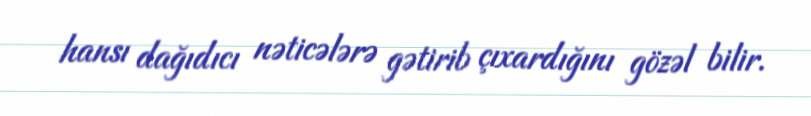
hansı dağıdıcı nəticələrə gətirib çıxardığını gözəl bilir.